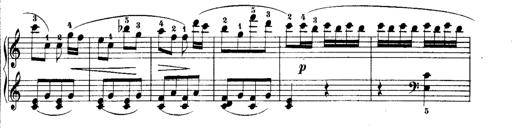
Title: Rondos and Sonatinas for Pianoforte
Composer: Daniel Steibelt